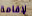
لإقامة